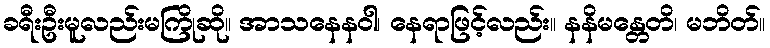
ခရီးဦးမူလည်းမကြိုဆို။ အာသနေနဝါ၊ နေရာဖြင့်လည်း။ နနိမန္တေတိ၊ မဘိတ်။